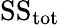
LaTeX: {\mathrm{SS}}_{\mathrm{tot}}